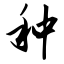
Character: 种